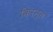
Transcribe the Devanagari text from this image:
किरन्त